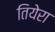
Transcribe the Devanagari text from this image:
तियेरा